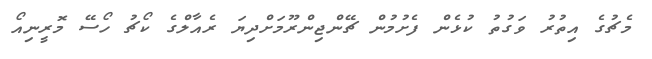
މެޗުގެ އިތުރު ވަގުތު ކުޅެން ފެށުމުން ޗޭންޖިންރޫމަށްދިޔަ ރެއާލްގެ ކޯޗު ހޯސޭ މޮރީނިއޯ